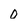
Character: 0